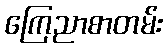
ကြေညာစာတမ်း